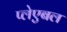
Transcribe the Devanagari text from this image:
प्लेएबल